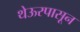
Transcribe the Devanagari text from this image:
थेऊरपासून